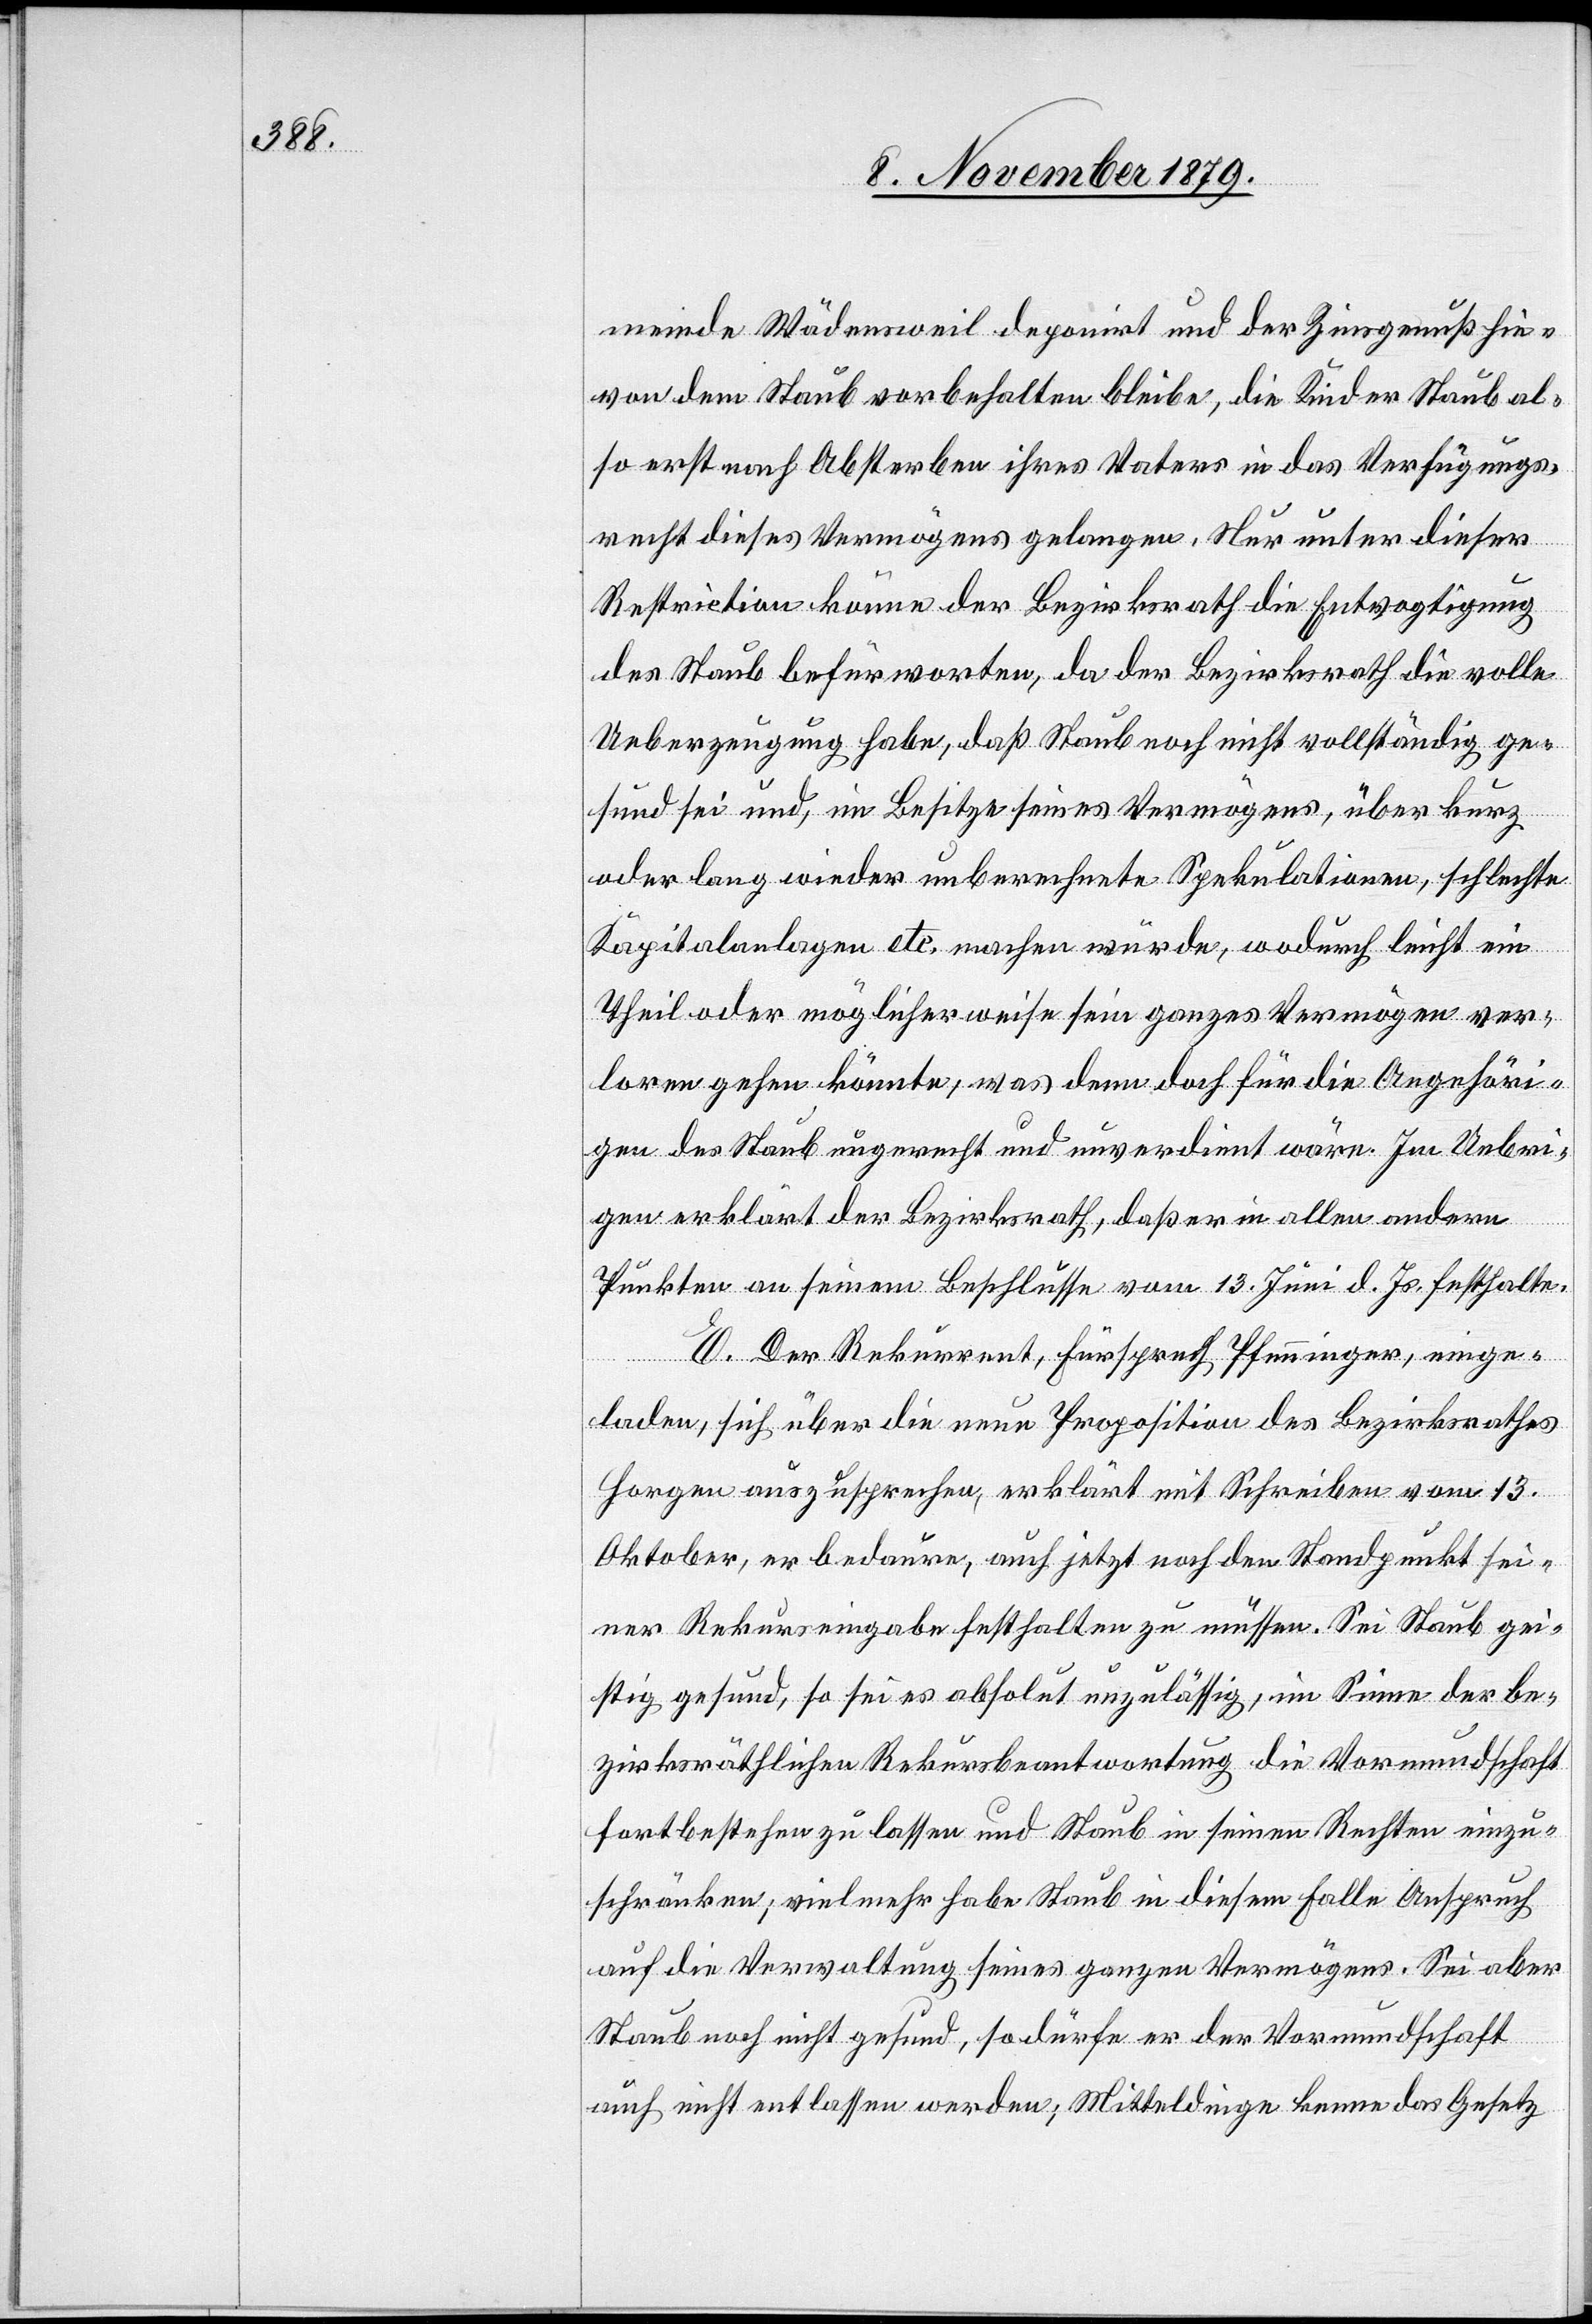
meinde Wädensweil deponirt und der Zinsgenuß hie¬
von dem Staub vorbehalten bleibe, die Kinder Staub al¬
so erst nach Absterben ihres Vaters in das Verfügungs¬
recht dieses Vermögens gelangen. Nur unter dieser
Restriction könne der Bezirksrath die Entvogtigung
des Staub befürworten, da der Bezirksrath die volle
Ueberzeugung habe, daß Staub noch nicht vollständig ge¬
sund sei und, im Besitze seines Vermögens, über kurz
oder lang wieder unberechnete Spekulationen, schlechte
Kapitalanlagen etc. machen würde, wodurch leicht ein
Theil oder möglicherweise sein ganzes Vermögen ver¬
loren gehen könnte, was denn doch für die Angehöri¬
gen des Staub ungerecht und unverdient wäre. Im Uebri¬
gen erklärt der Bezirksrath, daß er in allen andern
Punkten an seinem Beschlusse vom 13. Juni d. Js. festhalte.
E. Der Rekurrent, Fürsprech Pfenninger, einge¬
laden, sich über die neue Proposition des Bezirksrathes
Horgen auszusprechen, erklärt mit Schreiben vom 12.
Oktober, er bedaure, auch jetzt noch den Standpunkt sei¬
ner Rekurseingabe festhalten zu müssen. Sei Staub gei¬
stig gesund, so sei es absolut unzulässig, im Sinne der be¬
zirksräthlichen Rekursbeantwortung die Vormundschaft
fortbestehen zu lassen und Staub in seinen Rechten einzu¬
schränken, vielmehr habe Staub in diesem Falle Anspruch
auf die Verwaltung seines ganzen Vermögens. Sei aber
Staub noch nicht gesund, so dürfe er der Vormundschaft
auch nicht entlassen werden; Mitteldinge kenne das Gesetz